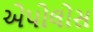
એપોલોસ